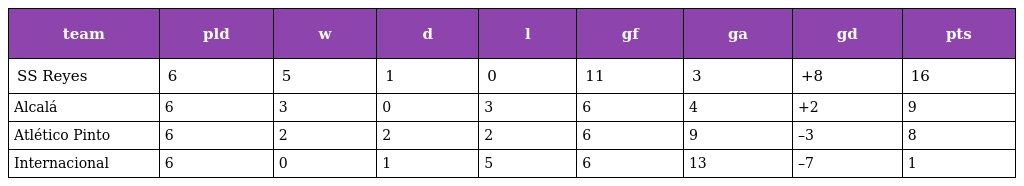
| team | pld | w | d | l | gf | ga | gd | pts |
 | --- | --- | --- | --- | --- | --- | --- | --- | --- |
 | SS Reyes | 6 | 5 | 1 | 0 | 11 | 3 | +8 | 16 |
 | Alcalá | 6 | 3 | 0 | 3 | 6 | 4 | +2 | 9 |
 | Atlético Pinto | 6 | 2 | 2 | 2 | 6 | 9 | –3 | 8 |
 | Internacional | 6 | 0 | 1 | 5 | 6 | 13 | –7 | 1 |